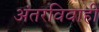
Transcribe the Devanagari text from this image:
अंतरविवाही